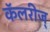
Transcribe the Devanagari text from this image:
कॅलरीज्‌